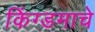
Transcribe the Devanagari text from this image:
किंग्डमाचे